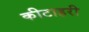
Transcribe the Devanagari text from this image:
कीटाहरी